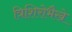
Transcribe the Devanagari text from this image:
त्रिशिरोभैखे